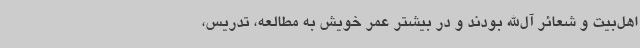
اهل‌بیت و شعائر آل‌الله بودند و در بیشتر عمر خویش به مطالعه، تدریس،